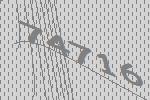
74716